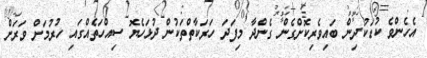
އެހެންވެ ކުޑަކުދިން ބައިވެރިކޮށްގެން ގެންދާ މިފަދަ ހަރަކާތްތަކުން ދުޅަހެޔޮ ސިއްހަތެއްގައި ހުރުމަށް ވަރަށް